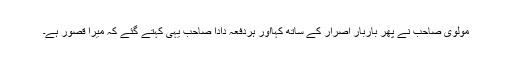
مولوی صاحب نے پھر باربار اصرار کے ساتھ کہااور ہردفعہ دادا صاحب یہی کہتے گئے کہ میرا قصور ہے۔